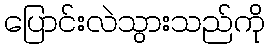
ပြောင်းလဲသွားသည်ကို